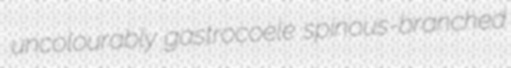
uncolourably gastrocoele spinous-branched